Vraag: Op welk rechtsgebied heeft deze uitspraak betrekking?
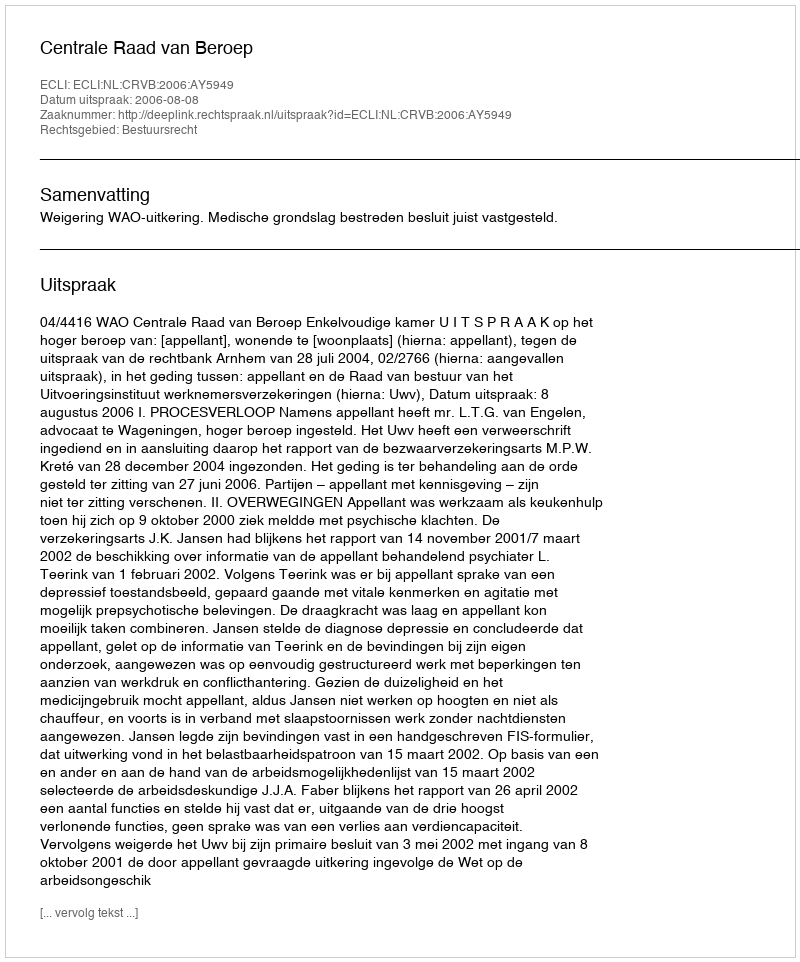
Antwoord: Bestuursrecht